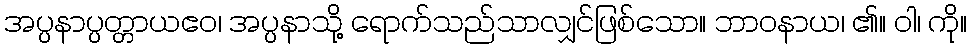
အပ္ပနာပ္ပတ္တာယဧဝ၊ အပ္ပနာသို့ ရောက်သည်သာလျှင်ဖြစ်သော။ ဘာဝနာယ၊ ၏။ ဝါ၊ ကို။